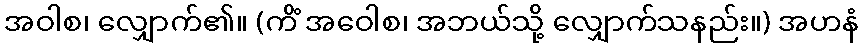
အဝါစ၊ လျှောက်၏။ (ကိံ အဝေါစ၊ အဘယ်သို့ လျှောက်သနည်း။) အဟနံ